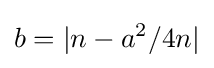
b=|n-a^{2}/4n|